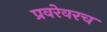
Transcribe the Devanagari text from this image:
प्रवरेवरच